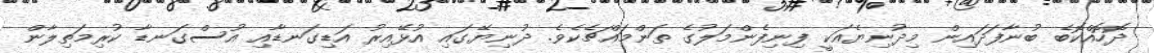
ދޮހޮއްކޮބެ ބުނާފަދައިން މިދުނިޔެއަކީ ފިނިފެންމަލުގެ ތަންމައްޗެކެވެ. ދުނިޔޭގައި އުޅޭއިރު އަޑިގަނޑާއި އުސްގަނޑާ ކުރިމަތިލާން